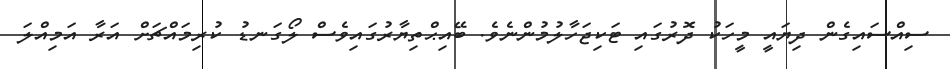
ސިއްސައިގެން ދިޔައީ މީހަކު ދޮރުގައި ޓަކިޖަހާލުމުންނެވެ. ބޭއިޙްތިޔާރުގައިވެސް ލޯގަނޑު ކުރިމައްޗަށް އަރާ އަމިއްލަ